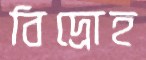
বিদ্রোহ